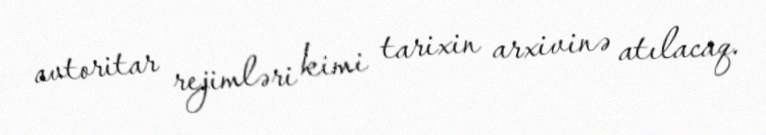
avtoritar rejimləri kimi tarixin arxivinə atılacaq.